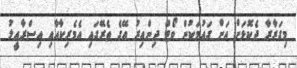
މިގަރާރާ ދެކޮޅަށް އަށް ގައުމަކުން ވޯޓް ދިންއިރު އޭގެ ތެރޭގައި އެމެރިކާއާއި އިސްރާއީލު